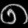
Digit: ၈